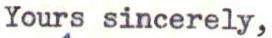
Yours sincerely,